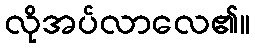
လိုအပ်လာလေ၏။